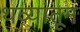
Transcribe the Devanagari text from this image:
थव्यांतून